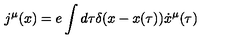
j ^ { \mu } ( x ) = e \int { d \tau \delta ( x - x ( \tau ) ) \dot { x } ^ { \mu } ( \tau ) }